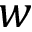
w